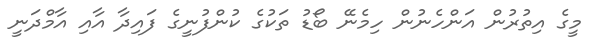
މީގެ އިތުރުން އަންހެނުން ހިމެނޭ ބޯޑު ތަކުގެ ކުންފުނީގެ ފައިދާ އާއި އާމްދަނީ